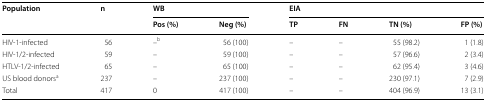
| <ROWSPAN=2> Population | <ROWSPAN=2> n | <COLSPAN=2> WB | <COLSPAN=4> EIA |
 | Pos (%) | Neg (%) | TP | FN | TN (%) | FP (%) |
 | --- | --- | --- | --- | --- | --- | --- | --- |
 | HIV-1-infected | 56 | –b | 56 (100) | – | – | 55 (98.2) | 1 (1.8) |
 | HIV-1/2-infected | 59 | – | 59 (100) | – | – | 57 (96.6) | 2 (3.4) |
 | HTLV-1/2-infected | 65 | – | 65 (100) | – | – | 62 (95.4) | 3 (4.6) |
 | US blood donorsa | 237 | – | 237 (100) | – | – | 230 (97.1) | 7 (2.9) |
 | Total | 417 | 0 | 417 (100) | – | – | 404 (96.9) | 13 (3.1) |